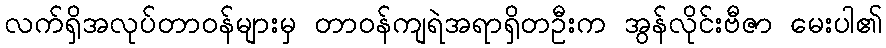
လက်ရှိအလုပ်တာဝန်များမှ တာဝန်ကျရဲအရာရှိတဦးက အွန်လိုင်းဗီဇာ မေးပါ၏